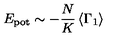
E _ { \mathrm { p o t } } \sim - \frac { N } { K } \left< \Gamma _ { 1 } \right>